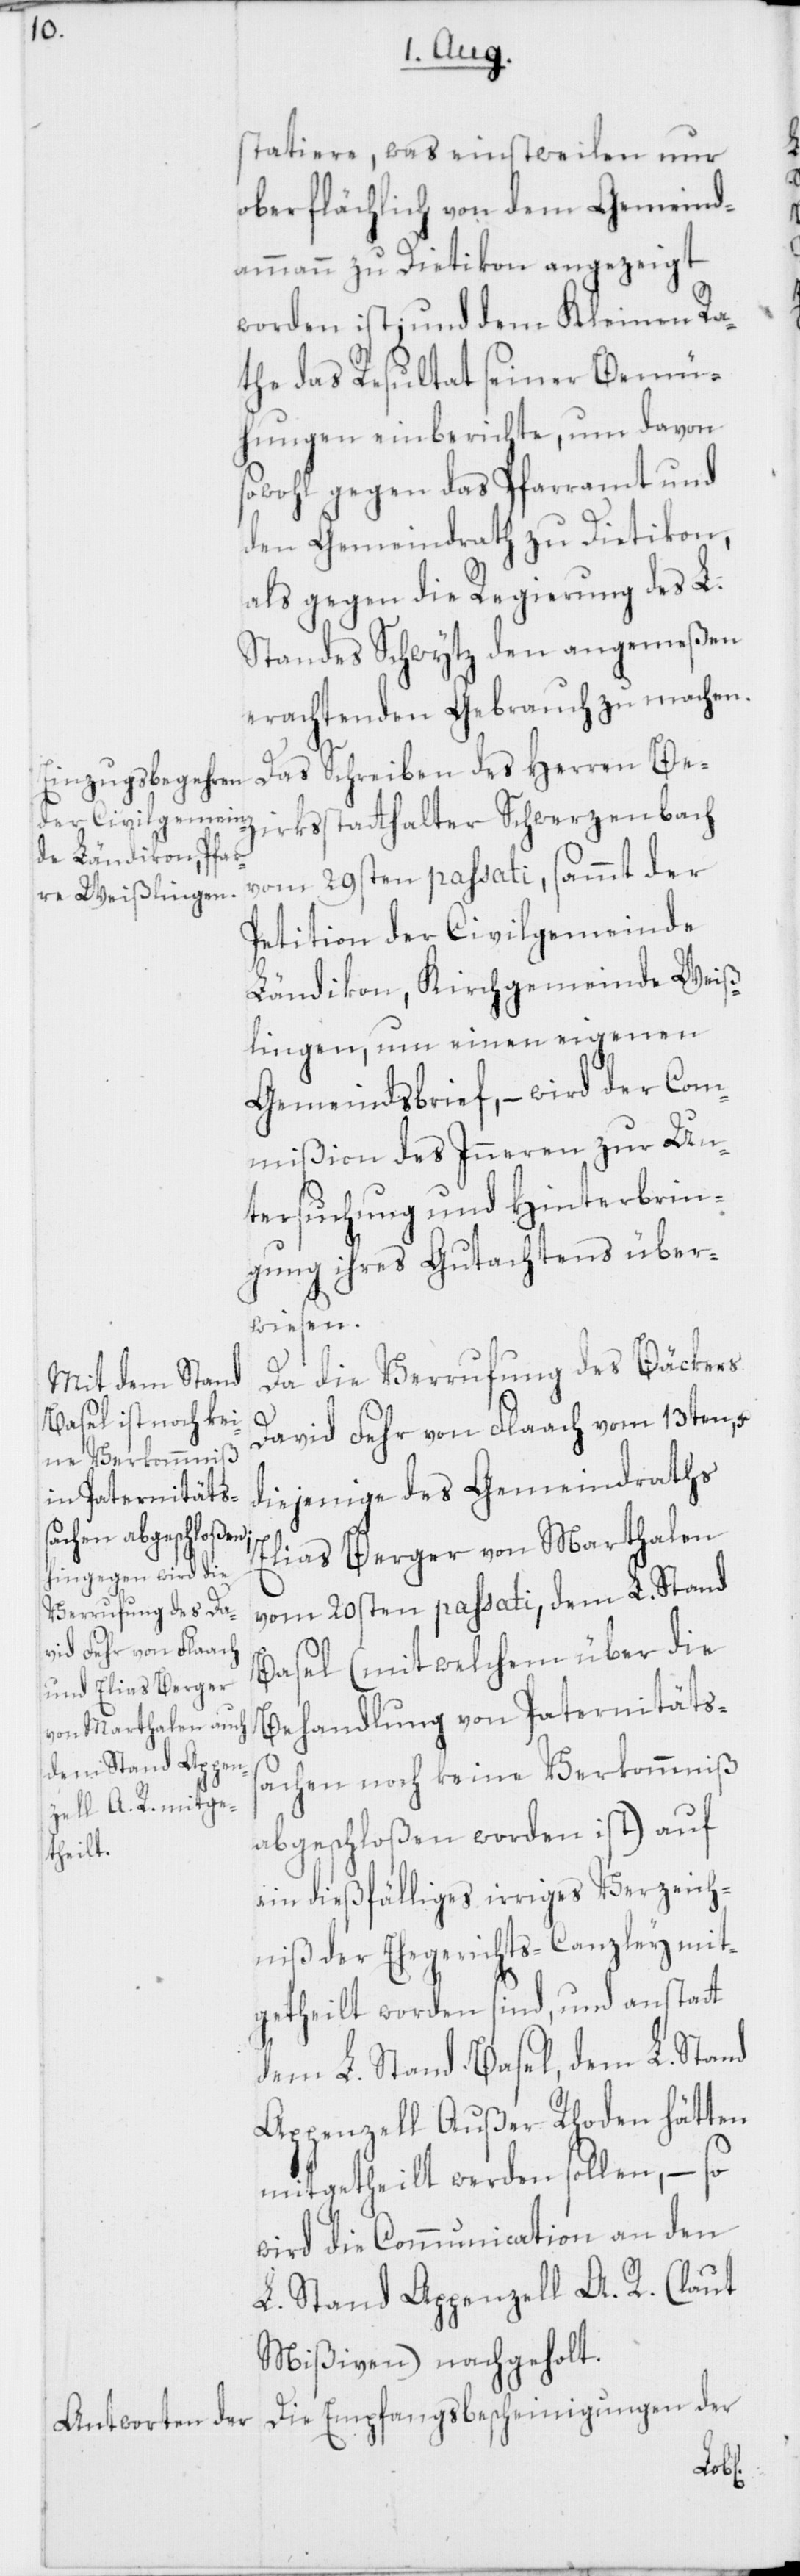
statiere, was einstweilen nur
oberflächlich von dem Gemeind¬
ammann zu Dietikon angezeigt
worden ist; und dem Kleinen Ra¬
the das Resultat seiner Bemü¬
hungen einberichte, um davon
sowohl gegen das Pfarramt und
den Gemeindrath zu Dietikon,
als gegen die Regierung des L.
Standes Schwytz den angemeßen
erachtenden Gebrauch zu machen.
Das Schreiben des Herren Bez¬
irksstatthalter Schwerzenbach
vom 29sten passati, sammt der
Petition der Civilgemeinde
Ländikon, Kirchgemeinde Weiß¬
lingen, um einen eigenen
Gemeindsbrief, – wird der Com¬
mißion des Inneren zur Un¬
tersuchung und Hinterbrin¬
gung ihres Gutachtens über¬
wiesen.
Da die Verrufung des Bäckers
David Fehr von Flaach vom 13ten, u.
diejenige des Gemeindraths
Elias Berger von Marthalen
vom 20sten passati, dem L. Stand
Basel (mit welchem über die
Behandlung von Paternitäts¬
sachen noch keine Verkommniß
abgeschloßen worden ist) auf
ein dießfälliges irriges Verzeich¬
niß der Ehegerichts-Canzley mit¬
getheilt worden sind, und anstatt
dem L. Stand Basel, dem L. Stand
Appenzell Ausser Rhoden hätten
mitgetheilt werden sollen, – so
wird die Communication an den
L. Stand Appenzell A. R. (laut
Mißiven) nachgeholt.
Die Empfangsbescheinigungen der